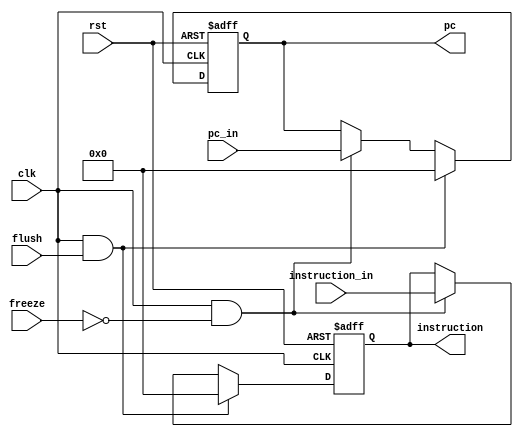
module IF_Stage_Reg (
    input clk, rst, flush, freeze,
    input [31:0] pc_in, 
    input [31:0] instruction_in,
    output reg [31:0] pc, instruction
);
    always @(posedge clk, posedge rst) begin
        if (rst) 
        begin
            pc <= 32'b0;
            instruction <= 32'b0;
        end
        else if (clk && flush)
        begin
            pc <= 32'b0;
            instruction <= 32'b0;
        end
        else if (clk && ~freeze)
        begin
            pc <= pc_in;
            instruction <= instruction_in;
        end 
        else
        begin
            pc <= pc;
            instruction <= instruction;
        end
    end
endmodule